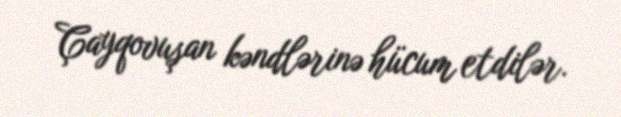
Çayqovuşan kəndlərinə hücum etdilər.